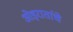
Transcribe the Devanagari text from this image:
ओइरातांचे